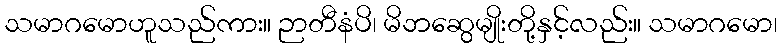
သမာဂမောဟူသည်ကား။ ဉာတီနံပိ၊ မိဘဆွေမျိုးတို့နှင့်လည်း။ သမာဂမော၊